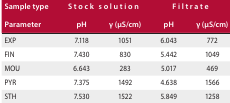
<table><thead><tr><td><b>Sample type</b></td><td colspan="2"><b>Stock solution</b></td><td colspan="2"><b>Filtrate</b></td></tr><tr><td><b>Parameter</b></td><td><b>pH</b></td><td><b>γ (μS/cm)</b></td><td><b>pH</b></td><td><b>γ (μS/cm)</b></td></tr></thead><tbody><tr><td>EXP</td><td>7.118</td><td>1051</td><td>6.043</td><td>772</td></tr><tr><td>FIN</td><td>7.430</td><td>830</td><td>5.442</td><td>1049</td></tr><tr><td>MOU</td><td>6.643</td><td>283</td><td>5.017</td><td>469</td></tr><tr><td>PYR</td><td>7.375</td><td>1492</td><td>4.638</td><td>1566</td></tr><tr><td>STH</td><td>7.530</td><td>1522</td><td>5.849</td><td>1258</td></tr></tbody></table>